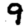
Digit: 9